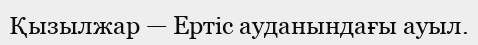
Қызылжар — Ертіс ауданындағы ауыл.